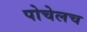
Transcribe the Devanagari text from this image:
पोचेलच